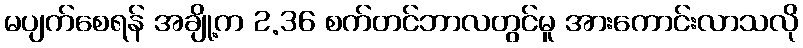
မပျက်စေရန် အချို့က 2.36 စက်တင်ဘာလတွင်မူ အားကောင်းလာသလို